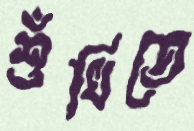
শুঁখিতে